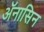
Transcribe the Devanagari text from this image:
ॲनासिन